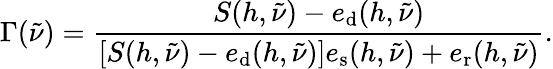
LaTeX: \Gamma(\tilde{\nu})=\frac{S(h,\tilde{\nu})-e_{\mathrm{d}}(h,\tilde{\nu})}{\left[S(h,\tilde{\nu})-e_{\mathrm{d}}(h,\tilde{\nu})\right]e_{\mathrm{s}}(h,\tilde{\nu})+e_{\mathrm{r}}(h,\tilde{\nu})}.